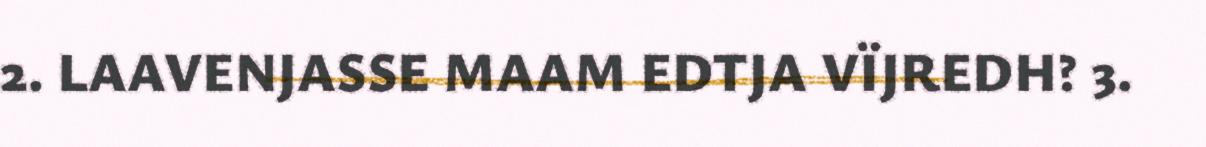
2. LAAVENJASSE MAAM EDTJA VÏJREDH? 3.